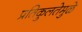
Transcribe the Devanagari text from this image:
प्रतिकुलतेमुळे